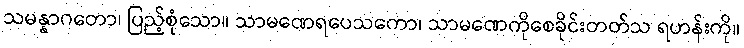
သမန္နာဂတော၊ ပြည့်စုံသော။ သာမဏေရပေသကော၊ သာမဏေကိုစေခိုင်းတတ်သ ရဟန်းကို။